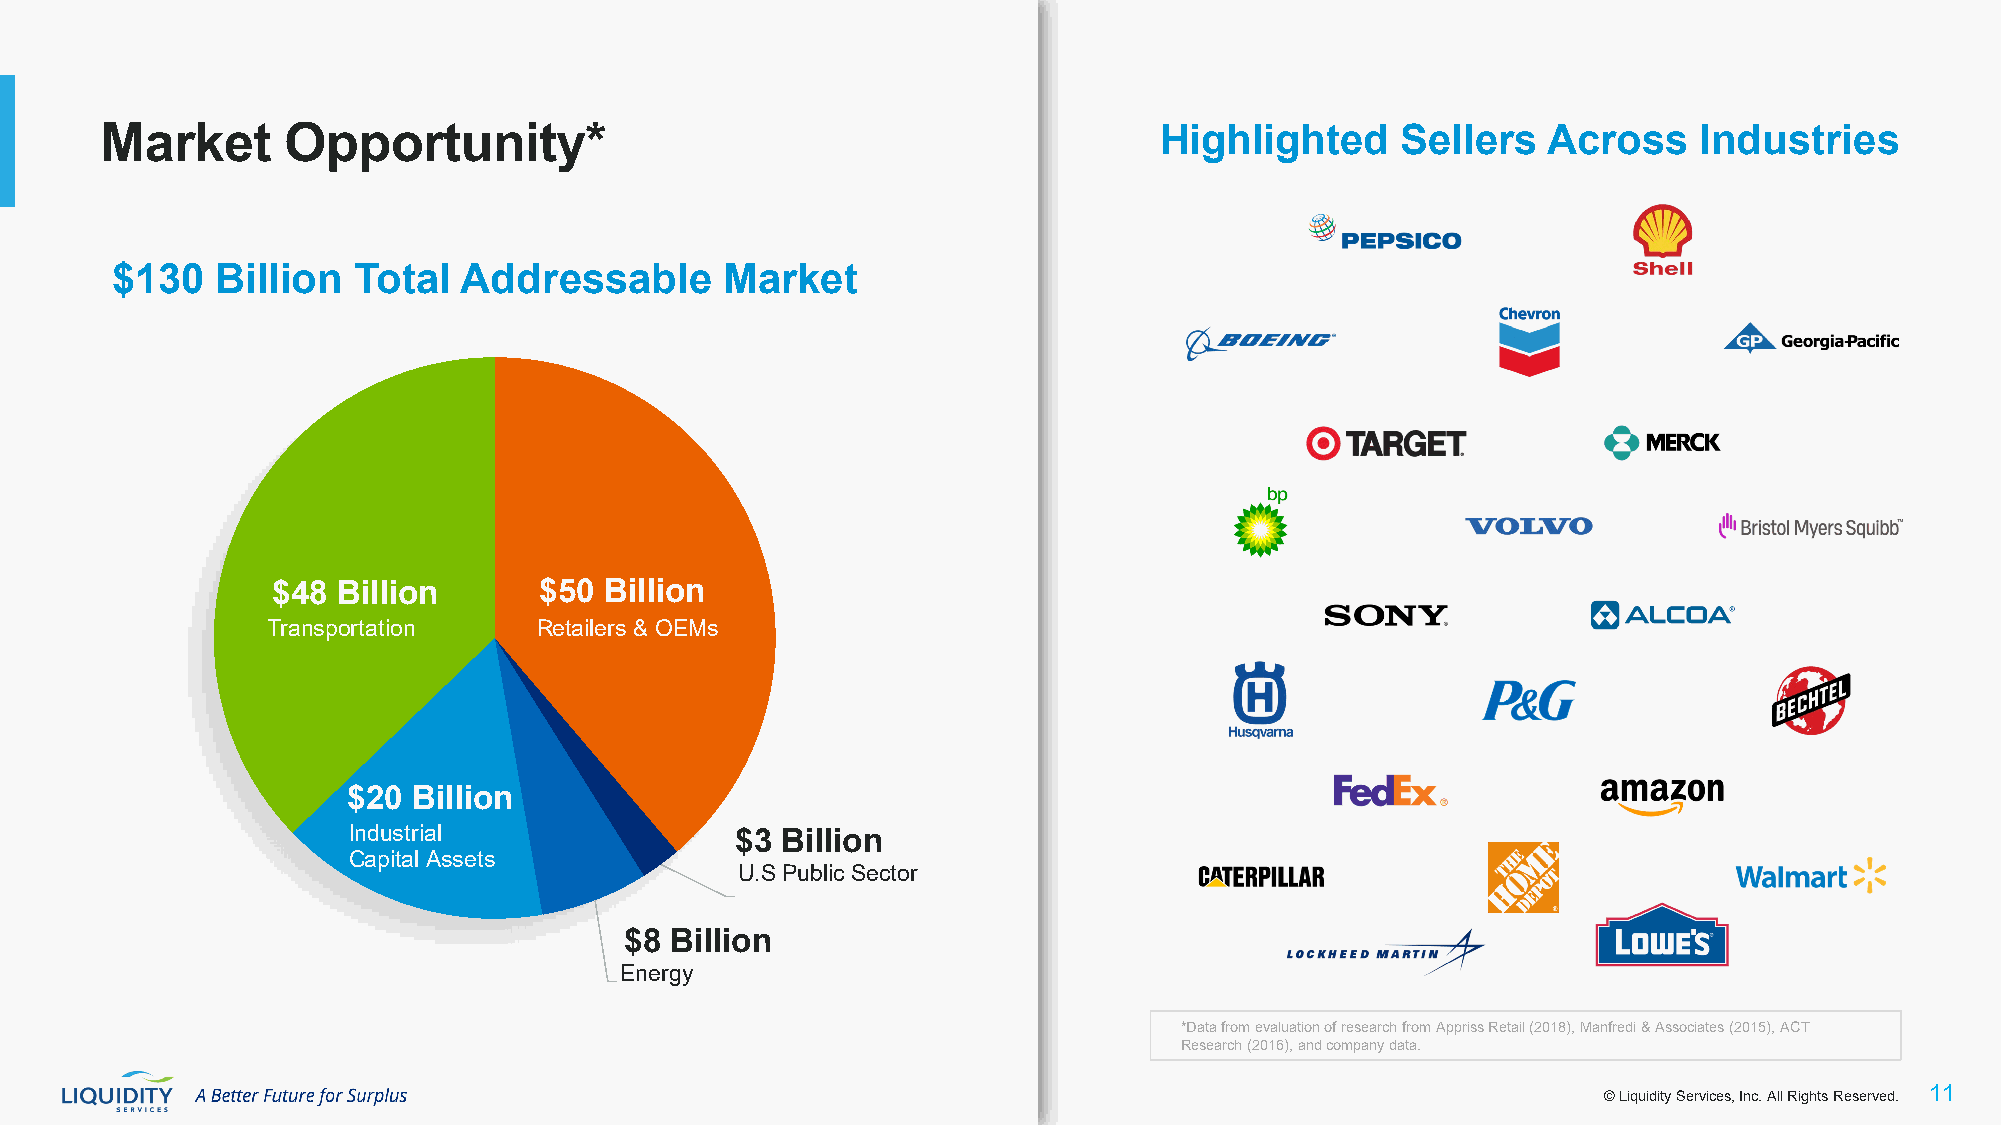
Market      Opportunity*                                              Highlighted     Sellers  Across     Industries
 $130   Billion  Total   Addressable      Market
 $48 Billion       $50 Billion
 Transportation    Retailers & OEMs
 $20 Billion
 Industrial                $3 Billion
 Capital Assets
 U.S Public Sector
 $8 Billion
 Energy
 *Data from evaluation of research from Appriss Retail (2018), Manfredi & Associates (2015), ACT
 Research (2016), and company data.
 © Liquidity Services, Inc. All Rights Reserved. 11